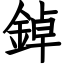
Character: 鋽